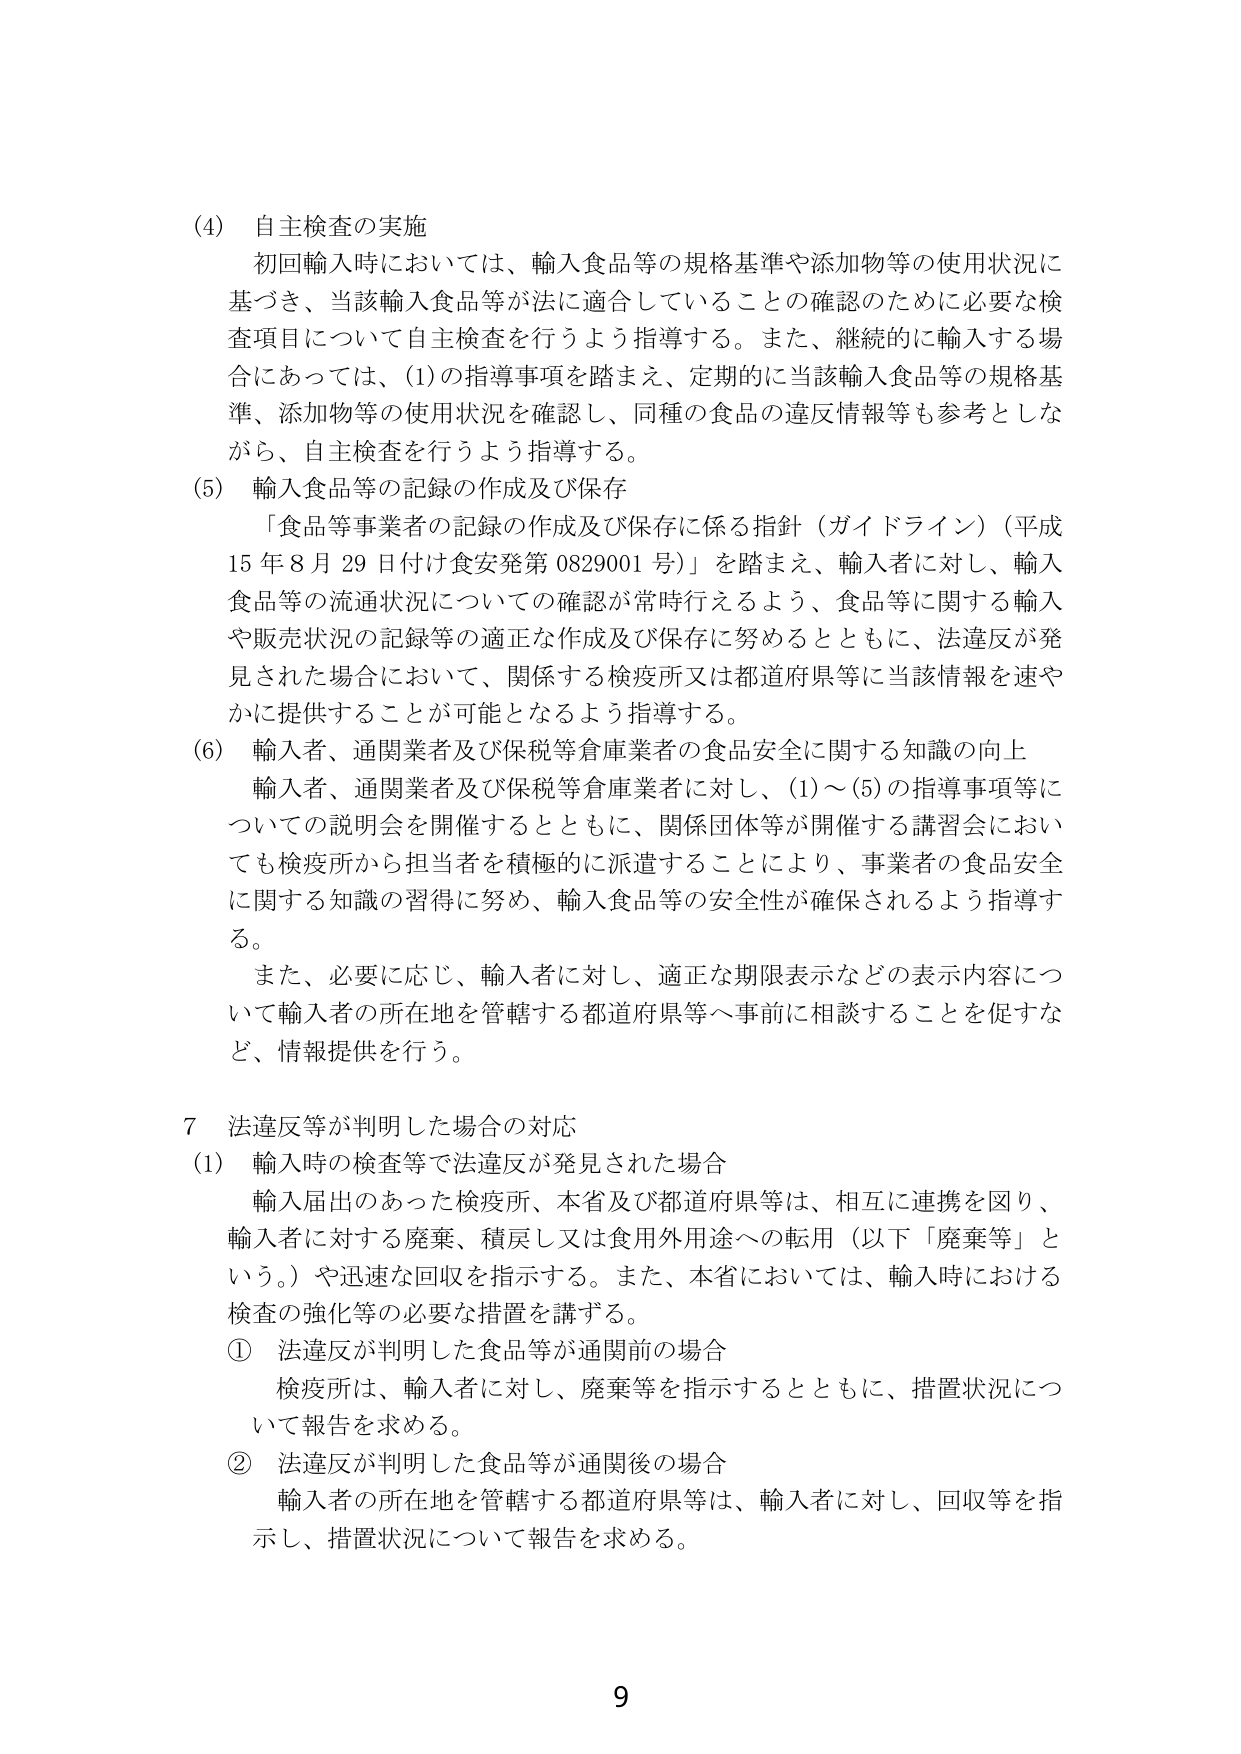
(4) 自主検査の実施
初回輸入時においては、輸入食品等の規格基準や添加物等の使用状況に基づき、当該輸入食品等が法に適合していることの確認のために必要な検査項目について自主検査を行うよう指導する。また、継続的に輸入する場合にあっては、(1)の指導事項を踏まえ、定期的に当該輸入食品等の規格基準、添加物等の使用状況を確認し、同種の食品の違反情報等も参考としながら、自主検査を行うよう指導する。

(5) 輸入食品等の記録の作成及び保存
「食品等事業者の記録の作成及び保存に係る指針（ガイドライン）（平成15年8月29日付け食安発第0829001号）」を踏まえ、輸入者に対し、輸入食品等の流通状況についての確認が常時行えるよう、食品等に関する輸入や販売状況の記録等の適正な作成及び保存に努めるとともに、法違反が発見された場合において、関係する検疫所又は都道府県等に当該情報を速やかに提供することが可能となるよう指導する。

(6) 輸入者、通関業者及び保税等倉庫業者の食品安全に関する知識の向上
輸入者、通関業者及び保税等倉庫業者に対し、(1)～(5)の指導事項等についての説明会を開催するとともに、関係団体等が開催する講習会においても検疫所から担当者を積極的に派遣することにより、事業者の食品安全に関する知識の習得に努め、輸入食品等の安全性が確保されるよう指導する。
また、必要に応じ、輸入者に対し、適正な期限表示などの表示内容について輸入者の所在地を管轄する都道府県等へ事前に相談することを促すなど、情報提供を行う。

7 法違反等が判明した場合の対応
(1) 輸入時の検査等で法違反が発見された場合
輸入届出のあった検疫所、本省及び都道府県等は、相互に連携を図り、輸入者に対する廃棄、積戻し又は食用外用途への転用（以下「廃棄等」という。）や迅速な回収を指示する。また、本省においては、輸入時における検査の強化等の必要な措置を講ずる。
① 法違反が判明した食品等が通関前の場合
検疫所は、輸入者に対し、廃棄等を指示するとともに、措置状況について報告を求める。
② 法違反が判明した食品等が通関後の場合
輸入者の所在地を管轄する都道府県等は、輸入者に対し、回収等を指示し、措置状況について報告を求める。

9